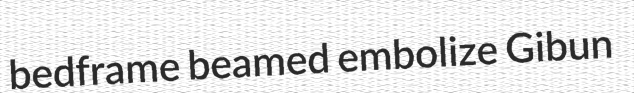
bedframe beamed embolize Gibun